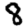
Digit: 8